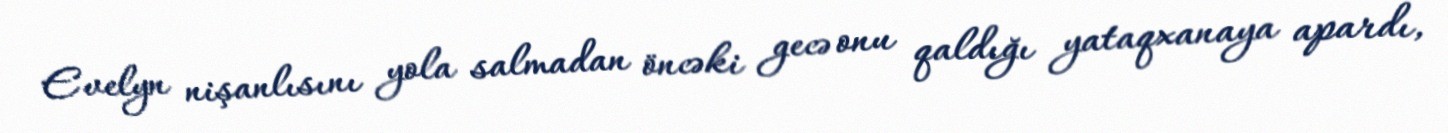
Evelyn nişanlısını yola salmadan öncəki gecə onu qaldığı yataqxanaya apardı,